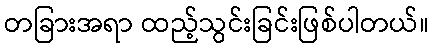
တခြားအရာ ထည့်သွင်းခြင်းဖြစ်ပါတယ်။